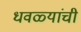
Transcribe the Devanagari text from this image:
धवळ्यांची